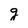
Character: g